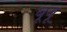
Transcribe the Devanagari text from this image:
बूबू